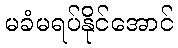
မခံမရပ်နိုင်အောင်